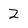
Character: 2